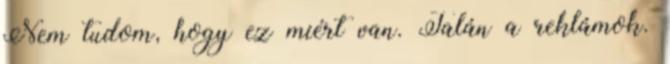
Nem tudom, hogy ez miért van. Talán a reklámok.